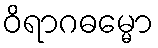
ဝိရာဂဓမ္မော